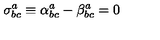
\sigma _ { b c } ^ { a } \equiv \alpha _ { b c } ^ { a } - \beta _ { b c } ^ { a } = 0